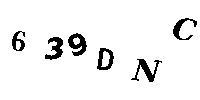
639DNC